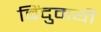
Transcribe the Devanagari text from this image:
बिंदुमयी